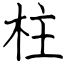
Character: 柱